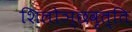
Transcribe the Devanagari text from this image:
शिलोञ्छवृत्ति